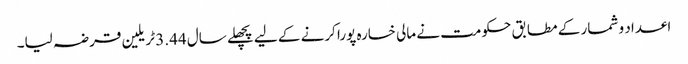
اعداد و شمار کے مطابق حکومت نے مالی خسارہ پورا کرنے کے لیے پچھلے سال 3.44 ٹریلین قرضہ لیا۔